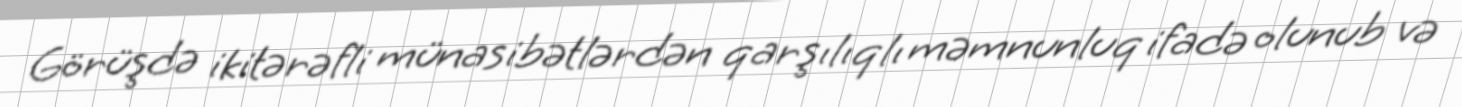
Görüşdə ikitərəfli münasibətlərdən qarşılıqlı məmnunluq ifadə olunub və